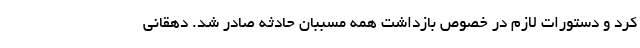
کرد و دستورات لازم در خصوص بازداشت همه مسببان حادثه صادر شد. دهقانی